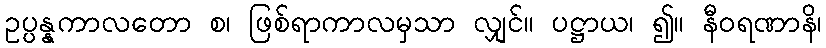
ဥပ္ပန္နကာလတော စ၊ ဖြစ်ရာကာလမှသာ လျှင်။ ပဋ္ဌာယ၊ ၍။ နီဝရဏာနိ၊